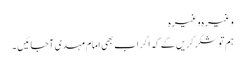
وغیرہ وغیرہ
ہم تو شکر کریں گے کہ اگر اب بھی امام مہدی آجائیں ۔